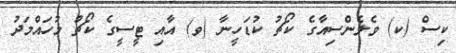
ކިސް (ކ) ވެލެންސިއާގެ ކޯޗު ކުޑަހީނާ (ވ) އާއި ޓީސީގެ ކޯޗު މުހައްމަދު